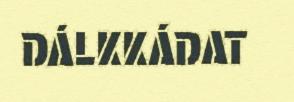
DÁLKKÁDAT